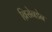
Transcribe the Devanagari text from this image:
ब्रिसेनडेन